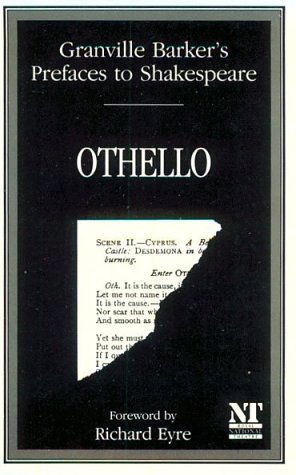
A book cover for Prefaces to Shakespeare (Granville Barker's Prefaces to Shakespeare); Harley Granville Barker; Literature & Fiction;